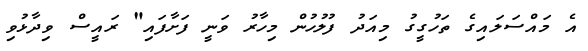
އެ މައްސަލައިގެ ތަހުގީގު މިއަދު ފުލުހުން މިހާރު ވަނީ ފަށާފައި" ރައީސް ވިދާޅުވި